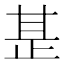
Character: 𭭡